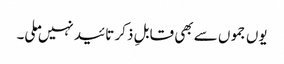
یوں جموں سے بھی قابلِ ذکر تائید نہیں ملی۔